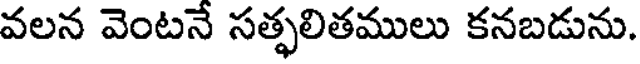
వలన వెంటనే సత్ఫలితములు కనబడును.